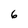
Character: 6